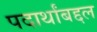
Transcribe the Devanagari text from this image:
पदार्थांबद्दल